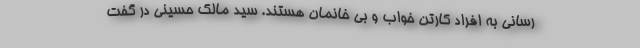
رسانی به افراد کارتن خواب و بی خانمان هستند. سید مالک حسینی در گفت